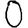
Digit: 0